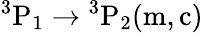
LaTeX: \mathrm{{}^{3}P_{1}\rightarrow{}^{3}P_{2}(m,c)}